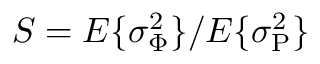
S = E \{ \sigma _ { \Phi } ^ { 2 } \} / E \{ \sigma _ { \mathrm P } ^ { 2 } \}